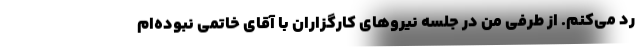
رد می‌کنم. از طرفی من در جلسه نیروهای کارگزاران با آقای خاتمی نبوده‌ام